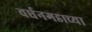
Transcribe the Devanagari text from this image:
वर्धनगडाच्या